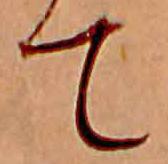
て